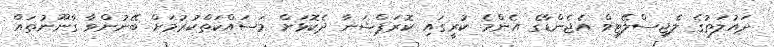
ދައުލަތުގެ ލެޖިސްލޭޓިވް އެޖެންޑާގެ އެންމެ ކުރީގައި ކޮރަޕްޝަނާ ދެކޮޅަށް މަސައްކަތްކުރުމަށް ބޭނުންވާ ގާނޫނުތައް